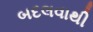
બદલવાથી